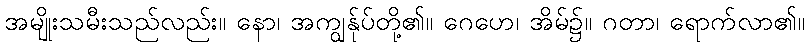
အမျိုးသမီးသည်လည်း။ နော၊ အကျွန်ုပ်တို့၏။ ဂေဟေ၊ အိမ်၌။ ဂတာ၊ ရောက်လာ၏။